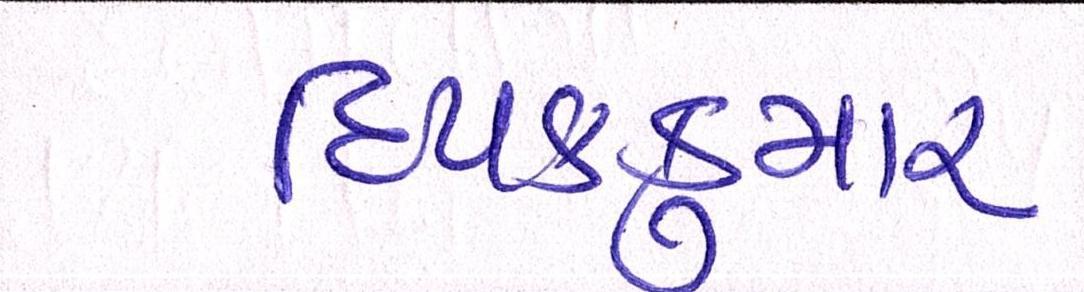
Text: દિપકકુમાર